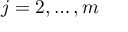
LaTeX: j = 2 , \dots , m